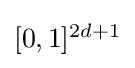
\textstyle [0,1]^{2d+1}